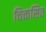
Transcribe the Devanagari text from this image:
चिक्तसित